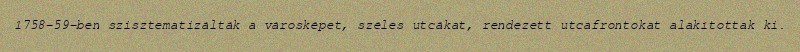
1758–59-ben szisztematizálták a városképet, széles utcákat, rendezett utcafrontokat alakítottak ki.